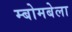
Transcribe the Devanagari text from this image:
म्बोमबेला